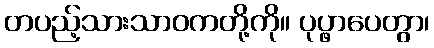
တပည့်သားသာဝကတို့ကို။ ပုပ္ဖာပေတွာ၊